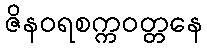
ဇိနဝရစက္ကဝတ္တနေ